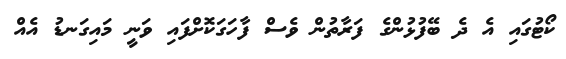
ކޯޓުގައި އެ ދެ ބޭފުޅުންގެ ފަރާތުން ވެސް ފާހަގަކޮށްފައި ވަނީ މައިގަނޑު އެއް